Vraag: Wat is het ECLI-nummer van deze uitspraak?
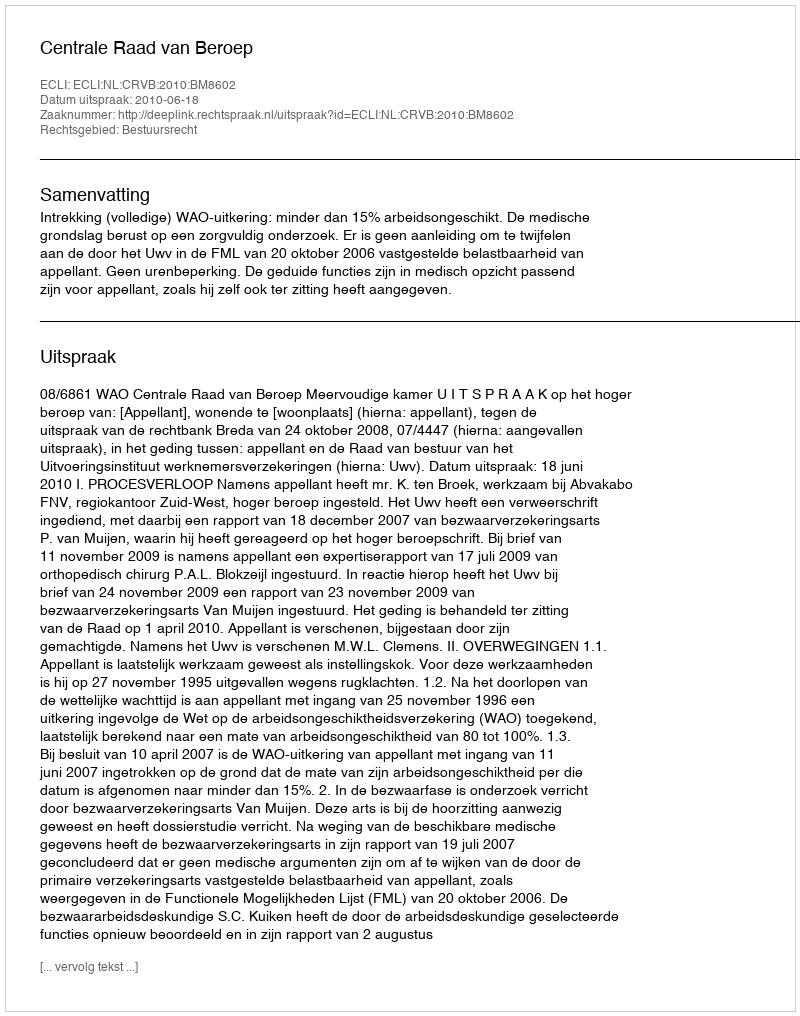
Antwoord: ECLI:NL:CRVB:2010:BM8602